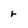
Character: r